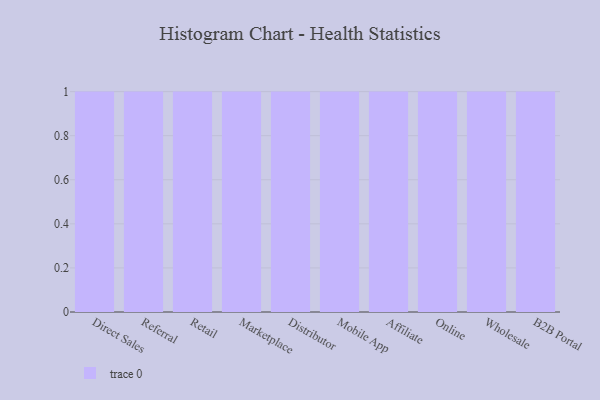
{"axis": {"x": "Channel", "y": "Backlog"}, "legend": [""], "data": [{"x": "Direct Sales", "y": 91, "type": ""}, {"x": "Referral", "y": 67, "type": ""}, {"x": "Retail", "y": 87, "type": ""}, {"x": "Marketplace", "y": 97, "type": ""}, {"x": "Distributor", "y": 65, "type": ""}, {"x": "Mobile App", "y": 28, "type": ""}, {"x": "Affiliate", "y": 78, "type": ""}, {"x": "Online", "y": 95, "type": ""}, {"x": "Wholesale", "y": 91, "type": ""}, {"x": "B2B Portal", "y": 28, "type": ""}]}